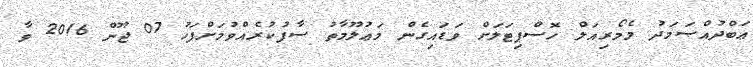
ޢަބްދުއްޞަމަދު މެމޯރިއަލް ހޮސްޕިޓަލަށް ވަޑައިގެން މަޢުލޫމާތު ސާފުކުރެއްވުމަށްފަހު 07 ޖޫން 2016 ވާ